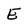
Character: E